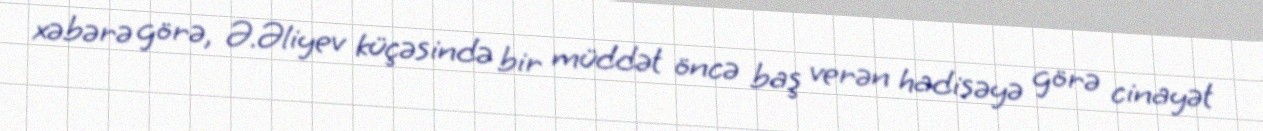
xəbərə görə, Ə.Əliyev küçəsində bir müddət öncə baş verən hadisəyə görə cinayət